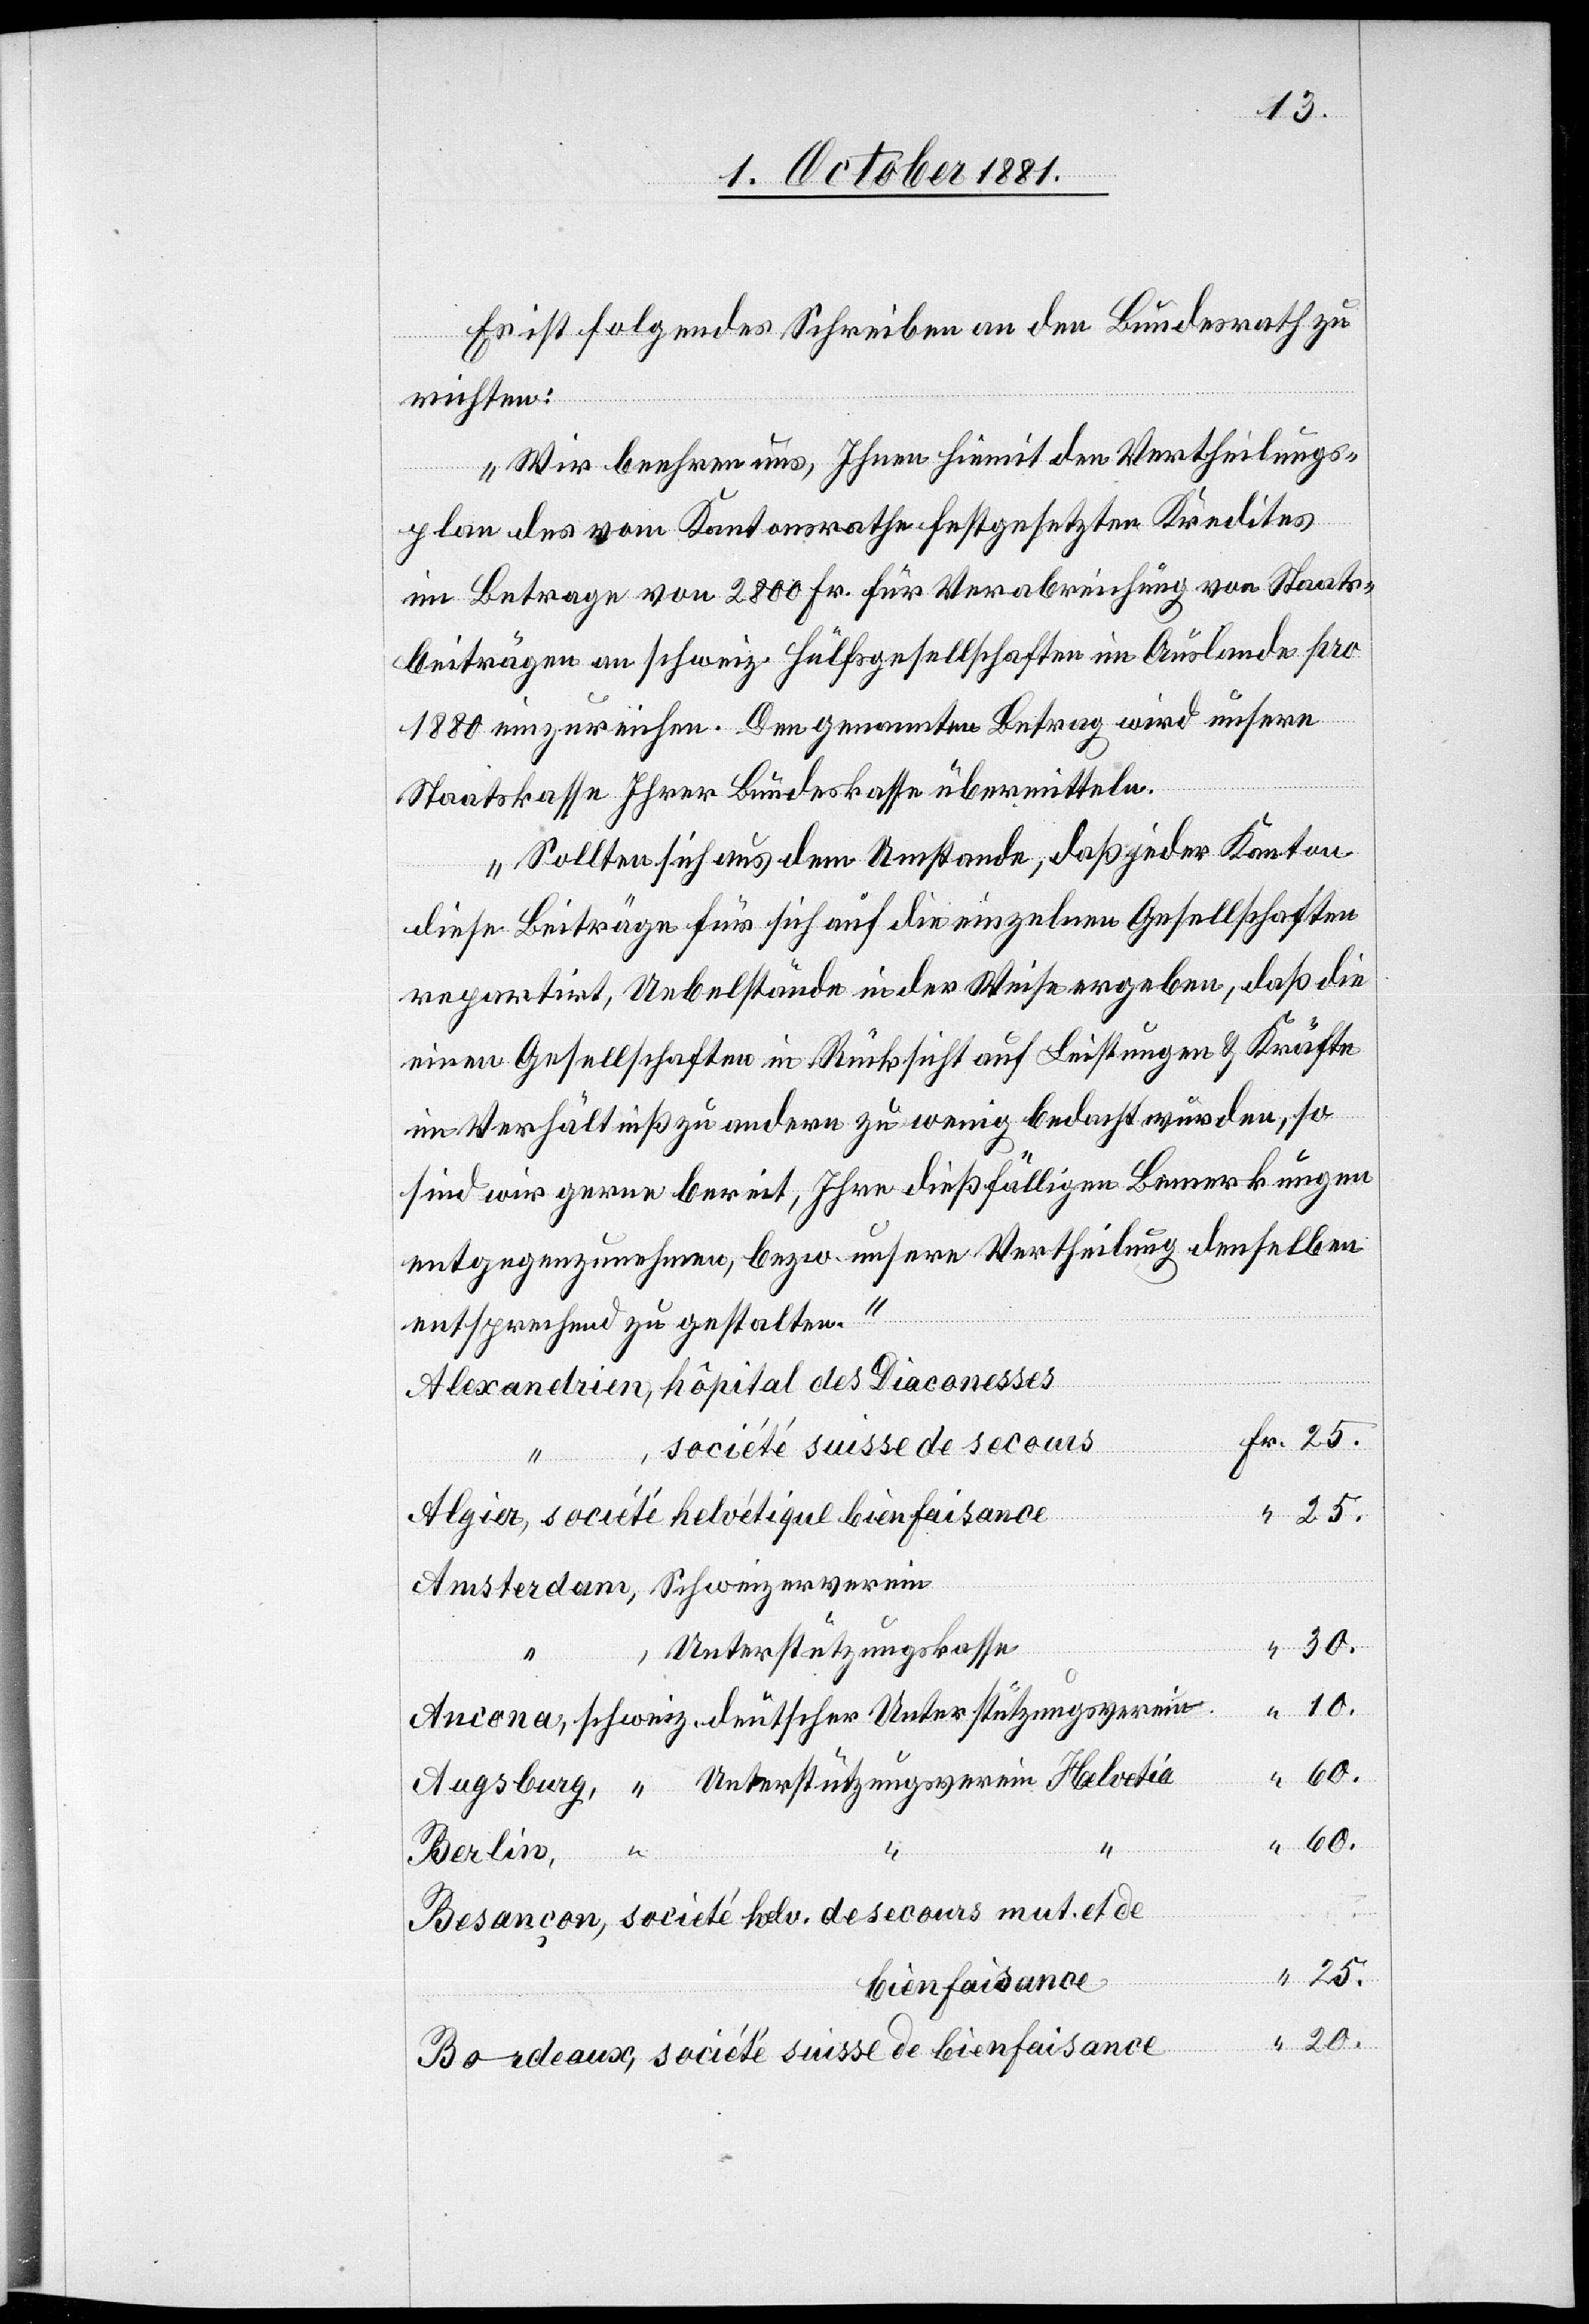
Es ist folgendes Schreiben an den Bundesrath zu
Bordeaux,
richten:
„Wir beehren uns, Ihnen hiemit den Vertheilungs¬
plan des vom Kantonsrathe festgesetzten Kredites
im Betrage von 2800 Fr. für Verabreichung von Staats¬
beiträgen an schweiz. Hülfsgesellschaften im Auslande pro
1880 einzureichen. Den genannten Betrag wird unsere
Staatskasse Ihrer Bundeskasse übermitteln.
Sollten sich aus dem Umstande, daß jeder Kanton
diese Beiträge für sich auf die einzelnen Gesellschaften
repartirt, Uebelstände in der Weise ergeben, daß die
einen Gesellschaften in Rücksicht auf Leistungen & Kräfte
im Verhältniß zu andern zu wenig bedacht würden, so
sind wir gerne bereit, Ihre dießfälligen Bemerkungen
entgegenzunehmen, bezw. unsere Vertheilung denselben
entsprechend zu gestalten.“
“
faisance
20.
25.
30.
“
Unterstützungskasse
“
10.
bienfaisance